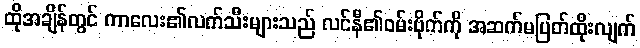
ထိုအချိန်တွင် ကာလေး၏လက်သီးများသည် လင်နီ၏ဝမ်းဗိုက်ကို အဆက်မပြတ်ထိုးလျက်